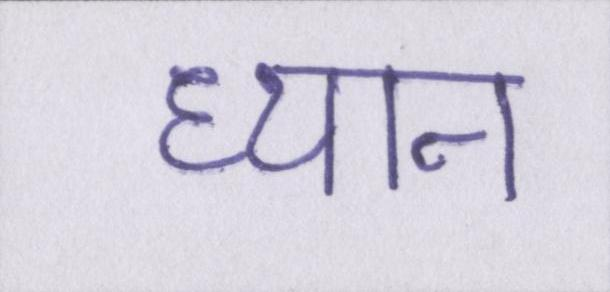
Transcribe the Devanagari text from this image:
ध्यान